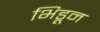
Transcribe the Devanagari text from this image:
भिडून